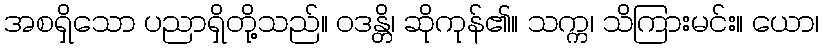
အစရှိသော ပညာရှိတို့သည်။ ဝဒန္တိ၊ ဆိုကုန်၏။ သက္က၊ သိကြားမင်း။ ယော၊